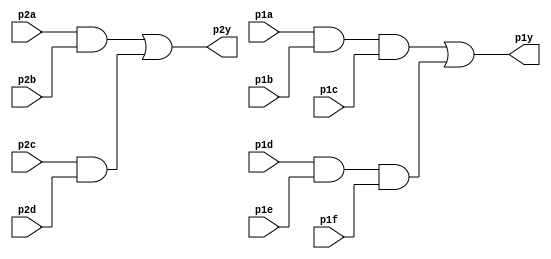
module top_module ( 
    input p1a, p1b, p1c, p1d, p1e, p1f,
    output p1y,
    input p2a, p2b, p2c, p2d,
    output p2y );
	
    wire wire_a,wire_b,wire_c,wire_d;
    
    assign wire_a = p1a & p1b & p1c;
    assign wire_b = p1d & p1e & p1f;
    assign wire_c = p2a & p2b;
    assign wire_d = p2c & p2d;
    
    assign p1y = wire_a | wire_b;
    assign p2y = wire_c | wire_d;
    

endmodule